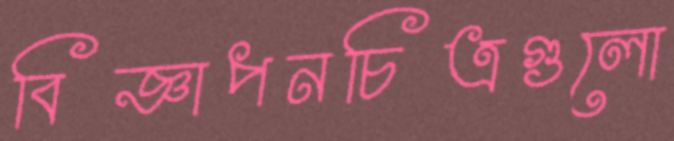
বিজ্ঞাপনচিত্রগুলো